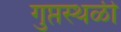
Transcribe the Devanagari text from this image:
गुप्तस्थळी